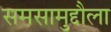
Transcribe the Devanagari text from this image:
समसामुद्दौला